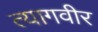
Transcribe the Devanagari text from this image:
त्यागवीर